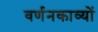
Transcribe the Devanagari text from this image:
वर्णनकाव्यों